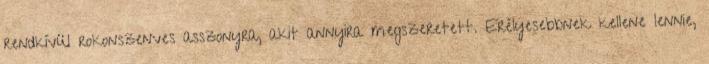
rendkívül rokonszenves asszonyra, akit annyira megszeretett. Erélyesebbnek kellene lennie,